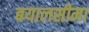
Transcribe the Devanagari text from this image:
बयालसीमा